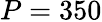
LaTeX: P=350